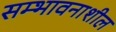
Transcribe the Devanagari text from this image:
सम्भावनाशील